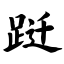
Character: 跹